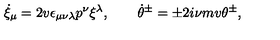
\dot { \xi } _ { \mu } = 2 v \epsilon _ { \mu \nu \lambda } p ^ { \nu } \xi ^ { \lambda } , \qquad \dot { \theta } { } ^ { \pm } = \pm 2 i \nu m v \theta ^ { \pm } ,